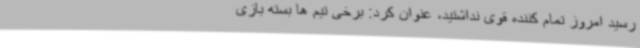
رسید امروز تمام کننده قوی نداشتید، عنوان کرد: برخی تیم ها بسته بازی